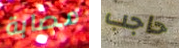
مصابة حاجب